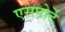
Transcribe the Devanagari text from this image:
एसपोर्टे